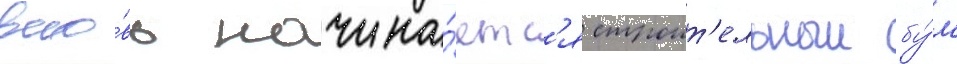
вно́вь начина́етс'я строит'ельныи бу́м